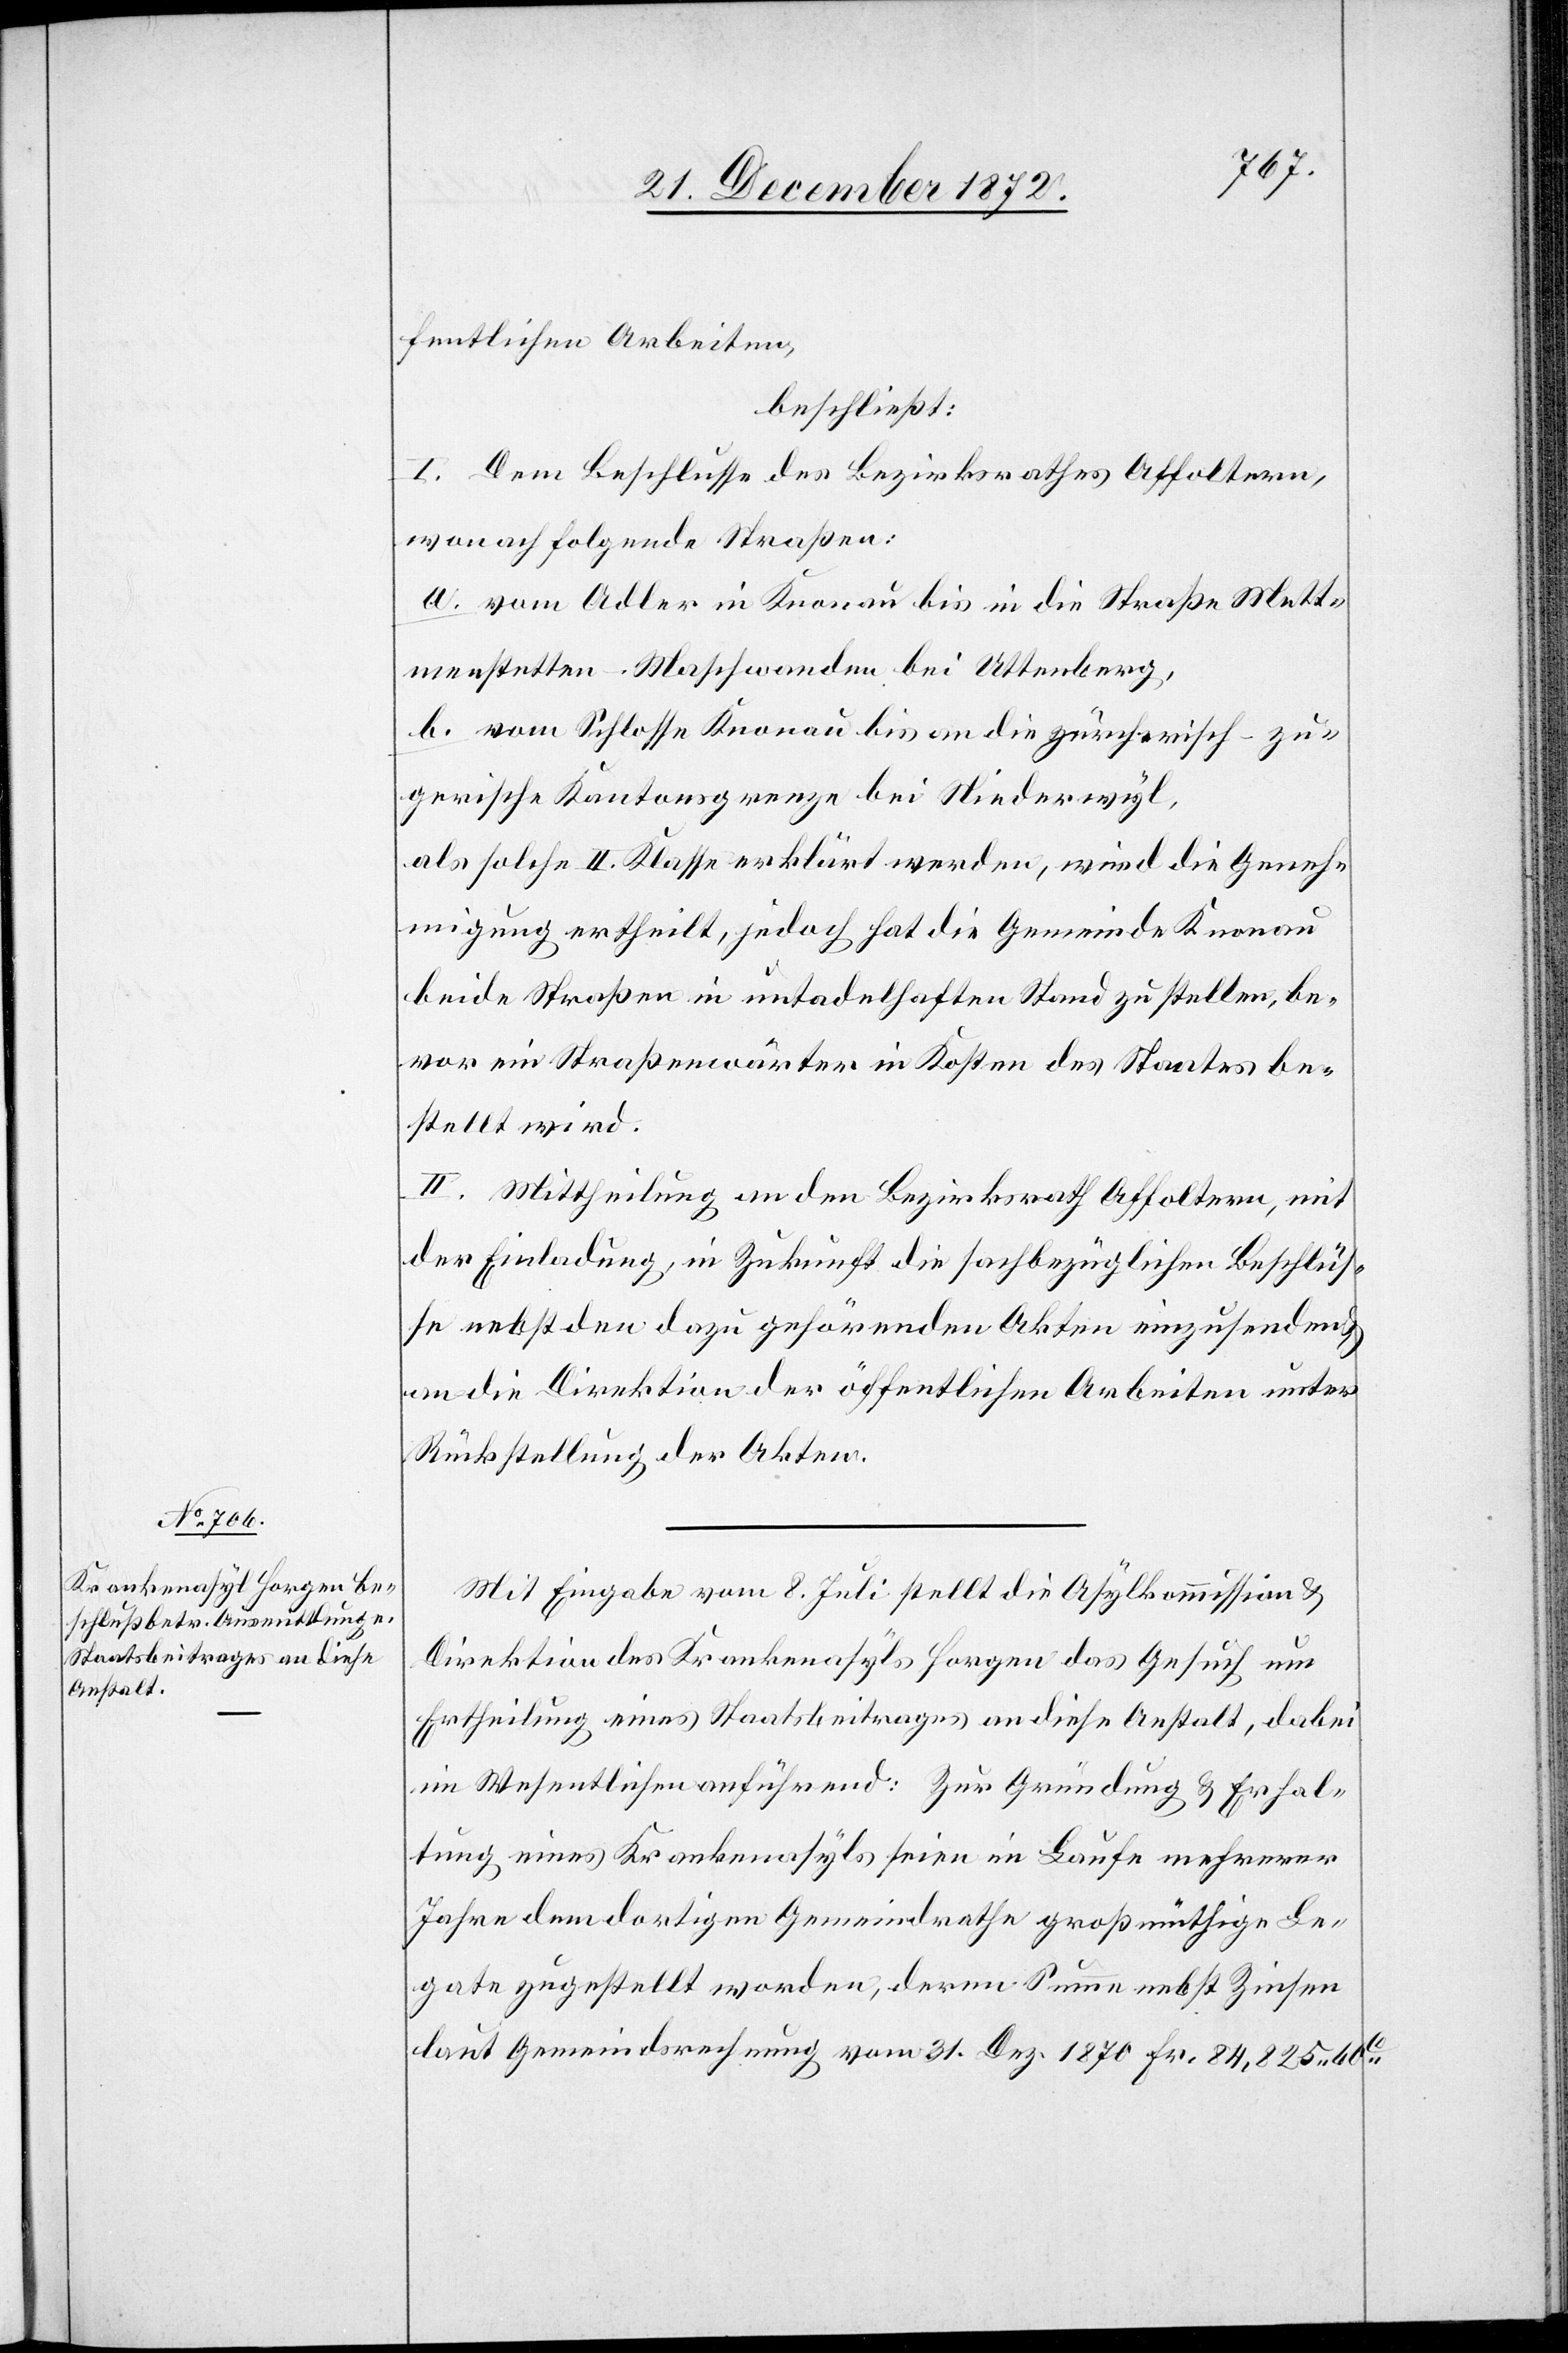
fentlichen Arbeiten,
beschließt:
I. Dem Beschlusse des Bezirksrathes Affoltern,
wonach folgende Straßen:
a. vom Adler in Knonau bis in die Straße Mett¬
menstetten–Maschwanden bei Uttenberg,
b. vom Schlosse Knonau bis an die zürcherisch-zu¬
gerische Kantonsgrenze bei Niederwyl,
als solche II. Klasse erklärt werden, wird die Geneh¬
migung ertheilt, jedoch hat die Gemeinde Knonau
beide Straßen in untadelhaften Stand zu stellen, be¬
vor ein Straßenwärter in Kosten des Staates be¬
stellt wird.
II. Mittheilung an den Bezirksrath Affoltern, mit
der Einladung, in Zukunft die sachbezüglichen Beschlüs¬
se nebst den dazu gehörenden Akten einzusenden u.
an die Direktion der öffentlichen Arbeiten unter
Rückstellung der Akten.
Mit Eingabe vom 8. Juli stellt die Asylkommission u.
Direktion der Krankenasyl Horgen das Gesuch um
Ertheilung eines Staatsbeitrages an diese Anstalt, dabei
im Wesentlichen anführend: Zur Gründung u. Erhal¬
tung eines Krankenasyls seien im Laufe mehrerer
Jahre dem dortigen Gemeindrathe großmüthige Le¬
gate zugestellt worden, deren Summe nebst Zinsen
laut Gemeindsrechnung vom 31. Dez. 1870 Fr. 84,825 60C